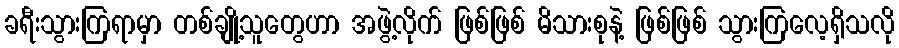
ခရီးသွားကြရာမှာ တစ်ချို့သူတွေဟာ အဖွဲ့လိုက် ဖြစ်ဖြစ် မိသားစုနဲ့ ဖြစ်ဖြစ် သွားကြလေ့ရှိသလို